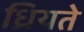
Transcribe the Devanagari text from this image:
ध्रियते